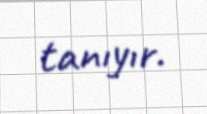
tanıyır.